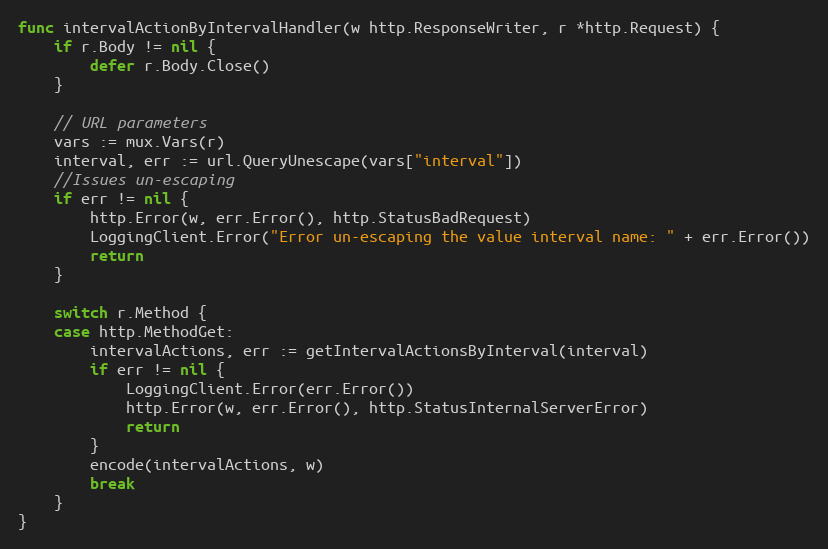
Language: Go
func intervalActionByIntervalHandler(w http.ResponseWriter, r *http.Request) {
	if r.Body != nil {
		defer r.Body.Close()
	}

	// URL parameters
	vars := mux.Vars(r)
	interval, err := url.QueryUnescape(vars["interval"])
	//Issues un-escaping
	if err != nil {
		http.Error(w, err.Error(), http.StatusBadRequest)
		LoggingClient.Error("Error un-escaping the value interval name: " + err.Error())
		return
	}

	switch r.Method {
	case http.MethodGet:
		intervalActions, err := getIntervalActionsByInterval(interval)
		if err != nil {
			LoggingClient.Error(err.Error())
			http.Error(w, err.Error(), http.StatusInternalServerError)
			return
		}
		encode(intervalActions, w)
		break
	}
}